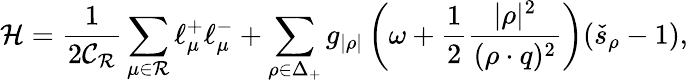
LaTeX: {\cal H}=\frac{1}{2\mathcal{C_{R}}}\sum_{\mu\in\mathcal{R}}\ell_{\mu}^{+}\ell_{\mu}^{-}+\sum_{\rho\in\Delta_{+}}g_{|\rho|}\left(\omega+\frac{1}{2}{\frac{|\rho|^{2}}{(\rho\cdot q)^{2}}}\right)(\check{s}_{\rho}-1),